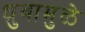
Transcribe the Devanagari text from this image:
ध्रुवामुळे